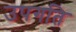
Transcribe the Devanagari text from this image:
उपगति